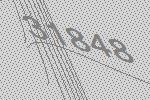
31848